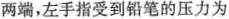
两端，左手指受到铅笔的压力为